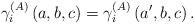
LaTeX: \begin{align*}\gamma _{i}^{\left( A\right) }\left( a,b,c\right) =\gamma _{i}^{\left(A\right) }\left( a^{\prime },b,c\right) .\end{align*}